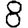
Digit: 8